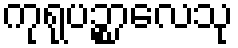
ကုရုပဉ္စာလေသု